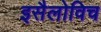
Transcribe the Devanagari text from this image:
इसैलोविच